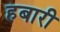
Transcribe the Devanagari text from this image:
हबारी